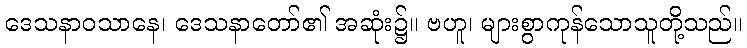
ဒေသနာဝသာနေ၊ ဒေသနာတော်၏ အဆုံး၌။ ဗဟူ၊ များစွာကုန်သောသူတို့သည်။